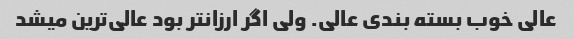
عالی خوب بسته بندی عالی. ولی اگر ارزانتر بود عالی‌ترین میشد